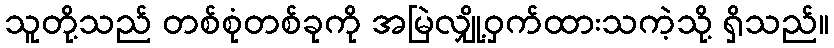
သူတို့သည် တစ်စုံတစ်ခုကို အမြဲလျှို့ဝှက်ထားသကဲ့သို့ ရှိသည်။